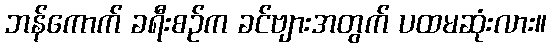
ဘန်ကောက် ခရီးစဉ်က ခင်ဗျားအတွက် ပထမဆုံးလား။